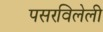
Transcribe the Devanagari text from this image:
पसरविलेली